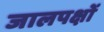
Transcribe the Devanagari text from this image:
जालपक्षों